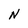
Character: N